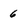
Character: 6